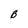
Character: B